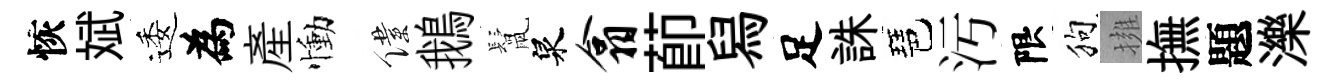
恢斌逶為産慟僕鵝鬛泉翕莭舄足誅琶汚限狗擁撫題濼